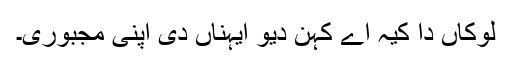
لوکاں دا کیہ اے کہن دیو ایہناں دی اپنی مجبوری۔